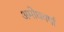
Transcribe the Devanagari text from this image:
अमोघवर्षा